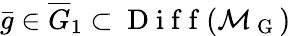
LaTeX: \bar{g}\in\overline{{G}}_{1}\subset\mathrm{~D~i~f~f~}(\mathcal{M}_{\mathrm{~G~}})